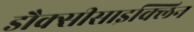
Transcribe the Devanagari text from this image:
डौक्सीसाइक्लिन